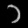
Digit: ၁